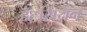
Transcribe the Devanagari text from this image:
हैटसियन